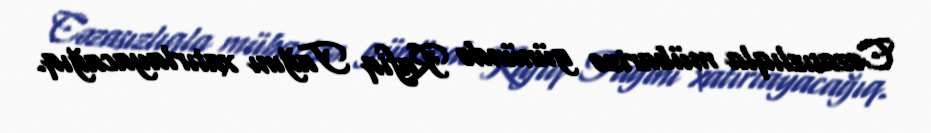
Cəzasızlıqla mübarizə günündə Rafiq Tağını xatırlayacağıq.